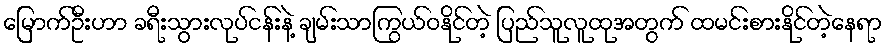
မြောက်ဦးဟာ ခရီးသွားလုပ်ငန်းနဲ့ ချမ်းသာကြွယ်ဝနိုင်တဲ့ ပြည်သူလူထုအတွက် ထမင်းစားနိုင်တဲ့နေရာ